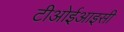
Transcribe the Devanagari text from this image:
टीओईआइसी